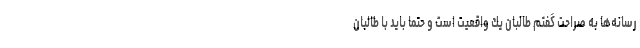
رسانه‌ها به صراحت گفتم طالبان يك واقعيت است و حتما بايد با طالبان